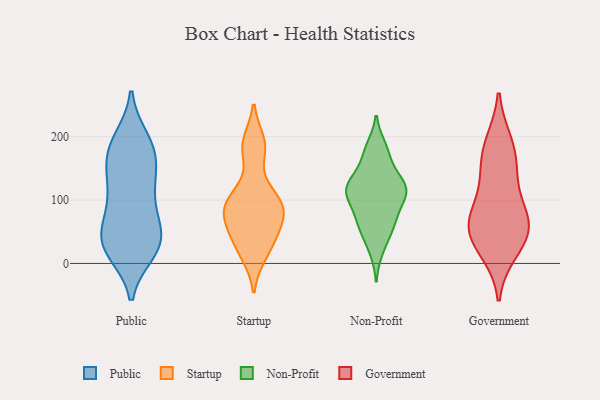
{"axis": {"x": "Energy Usage (MWh)", "y": "Value"}, "legend": ["Government", "Non-Profit", "Public", "Startup"], "data": [{"x": "", "y": 162, "type": "Public"}, {"x": "", "y": 192, "type": "Public"}, {"x": "", "y": 161, "type": "Public"}, {"x": "", "y": 44, "type": "Public"}, {"x": "", "y": 185, "type": "Public"}, {"x": "", "y": 108, "type": "Public"}, {"x": "", "y": 195, "type": "Public"}, {"x": "", "y": 65, "type": "Public"}, {"x": "", "y": 121, "type": "Public"}, {"x": "", "y": 135, "type": "Public"}, {"x": "", "y": 40, "type": "Public"}, {"x": "", "y": 67, "type": "Public"}, {"x": "", "y": 34, "type": "Public"}, {"x": "", "y": 29, "type": "Public"}, {"x": "", "y": 101, "type": "Public"}, {"x": "", "y": 170, "type": "Public"}, {"x": "", "y": 19, "type": "Public"}, {"x": "", "y": 20, "type": "Public"}, {"x": "", "y": 27, "type": "Public"}, {"x": "", "y": 80, "type": "Startup"}, {"x": "", "y": 72, "type": "Startup"}, {"x": "", "y": 102, "type": "Startup"}, {"x": "", "y": 13, "type": "Startup"}, {"x": "", "y": 192, "type": "Startup"}, {"x": "", "y": 178, "type": "Startup"}, {"x": "", "y": 33, "type": "Startup"}, {"x": "", "y": 109, "type": "Startup"}, {"x": "", "y": 50, "type": "Startup"}, {"x": "", "y": 86, "type": "Startup"}, {"x": "", "y": 124, "type": "Non-Profit"}, {"x": "", "y": 50, "type": "Non-Profit"}, {"x": "", "y": 128, "type": "Non-Profit"}, {"x": "", "y": 75, "type": "Non-Profit"}, {"x": "", "y": 116, "type": "Non-Profit"}, {"x": "", "y": 57, "type": "Non-Profit"}, {"x": "", "y": 183, "type": "Non-Profit"}, {"x": "", "y": 21, "type": "Non-Profit"}, {"x": "", "y": 97, "type": "Non-Profit"}, {"x": "", "y": 117, "type": "Non-Profit"}, {"x": "", "y": 100, "type": "Non-Profit"}, {"x": "", "y": 161, "type": "Non-Profit"}, {"x": "", "y": 119, "type": "Non-Profit"}, {"x": "", "y": 67, "type": "Non-Profit"}, {"x": "", "y": 123, "type": "Non-Profit"}, {"x": "", "y": 177, "type": "Non-Profit"}, {"x": "", "y": 182, "type": "Government"}, {"x": "", "y": 32, "type": "Government"}, {"x": "", "y": 137, "type": "Government"}, {"x": "", "y": 20, "type": "Government"}, {"x": "", "y": 63, "type": "Government"}, {"x": "", "y": 83, "type": "Government"}, {"x": "", "y": 190, "type": "Government"}, {"x": "", "y": 49, "type": "Government"}, {"x": "", "y": 74, "type": "Government"}, {"x": "", "y": 147, "type": "Government"}, {"x": "", "y": 59, "type": "Government"}]}